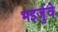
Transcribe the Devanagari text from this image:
भइर्जुवे